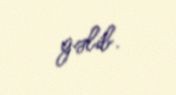
gəlib.